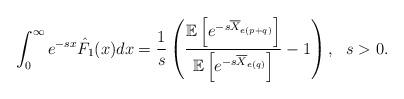
LaTeX: \begin{align*}&\int_{0}^{\infty} e^{-s x}\hat{F}_1(x)dx=\frac{1}{s}\left(\frac{\mathbb E\left[e^{-s \overline{X}_{e(p+q)}}\right]}{\mathbb E\left[e^{-s \overline{X}_{e(q)}}\right]}-1\right), \ \ s > 0.\end{align*}